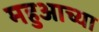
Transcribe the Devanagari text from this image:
महुआच्या